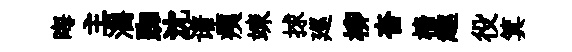
晦主灂踟沈谱痍竦捄廵柳杳檣趣役箕